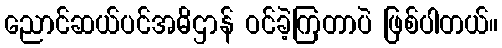
ညောင်ဆယ်ပင်အဓိဌာန် ဝင်ခဲ့ကြတာပဲ ဖြစ်ပါတယ်။